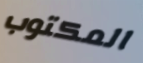
المكتوب